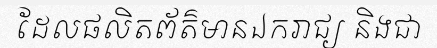
ដែលផលិតព័ត៌មានឯករាជ្យ និងជា